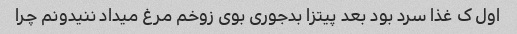
اول ک غذا سرد بود بعد پیتزا بدجوری بوی زوخم مرغ میداد ننیدونم چرا